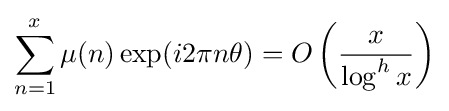
\sum _{n=1}^{x}\mu (n)\exp(i2\pi n\theta )=O\left({\frac {x}{\log ^{h}x}}\right)